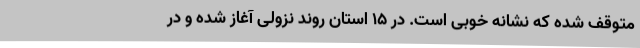
متوقف شده که نشانه خوبی است. در ۱۵ استان روند نزولی آغاز شده و در